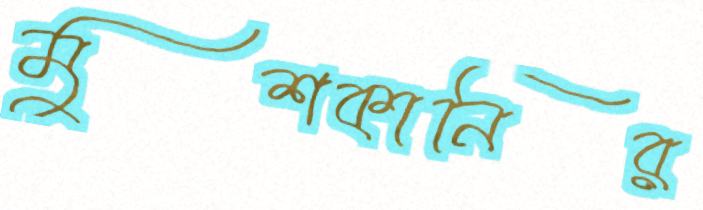
মুশকানির